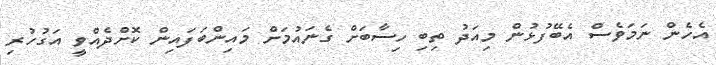
އެހެން ނަމަވެސް އެބޭފުޅުން މިއަދު ތިބި ހިސާބަށް ގެނައުމަށް މައިންބަފައިން ކޮށްދެއްވީ އަގުހުރި